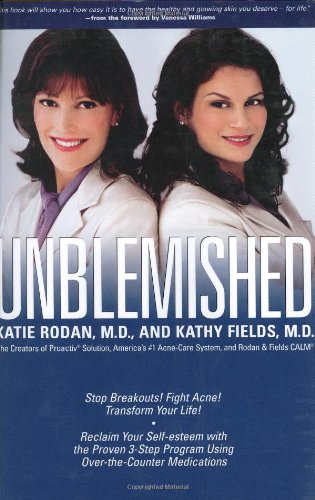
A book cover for Unblemished: Stop Breakouts! Fight Acne! Transform Your Life! Reclaim Your Self-Esteem with the Proven 3-Step Program Using Over-the-Counter Medications; Katie M.D. Rodan; Health, Fitness & Dieting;